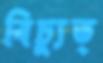
বিচ্যুত্